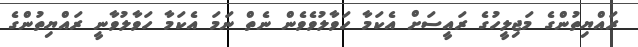
ރައްޔިތުންގެ މަޖިލީހުގެ ރައީސަށް އެކަމާ ހަވާލުވެވެން ނެތް ނަމަ އެކަމާ ހަވާލުވާނީ ރައްޔިތުންގެ